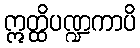
ဣတ္ထိပဏ္ဍကာပိ